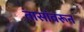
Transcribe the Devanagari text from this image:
तासांवरून